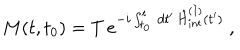
M ( t , t _ { 0 } ) = T \, e ^ { - i \int _ { t _ { 0 } } ^ { t } \, d t ^ { \prime } \, \hat { H } _ { \mathrm { i n t } } ^ { ( I ) } ( t ^ { \prime } ) } \ ,